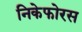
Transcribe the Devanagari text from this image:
निकेफोरस